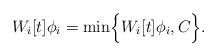
LaTeX: \begin{align*}W_i[t]{\phi}_i = \textrm{min} \Big\{W_i[t]{\phi}_i, C\Big\}.\end{align*}